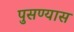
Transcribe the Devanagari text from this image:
पुसण्यास